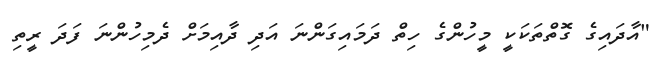
"އާދައިގެ ގޮތްތަކަކީ މީހުންގެ ހިތް ދަމައިގަންނަ އަދި ދާއިމަށް ދެމިހުންނަ ފަދަ ރީތި